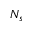
N _ { s }